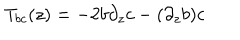
T _ { b c } ( z ) = - 2 b \partial _ { z } c - ( \partial _ { z } b ) c